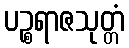
ပဉ္စရာဇသုတ္တံ